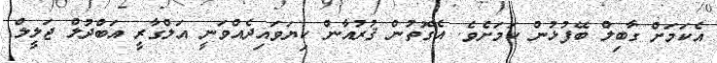
އެކަމަށް ގާބިލް ބޭފުޅުން ކަމަށެވެ. އެގޮތުން ޤުރުއާން ކިޔަވައިދެއްވަނީ އަލްގާރީ އަބްދުލް ޖަލީލް